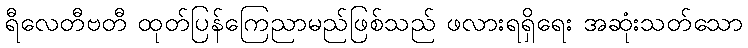
ရီလေတီဗတီ ထုတ်ပြန်ကြေညာမည်ဖြစ်သည် ဖလားရရှိရေး အဆုံးသတ်သော